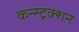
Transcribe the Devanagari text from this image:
कन्‍स्‍ट्रक्‍शन